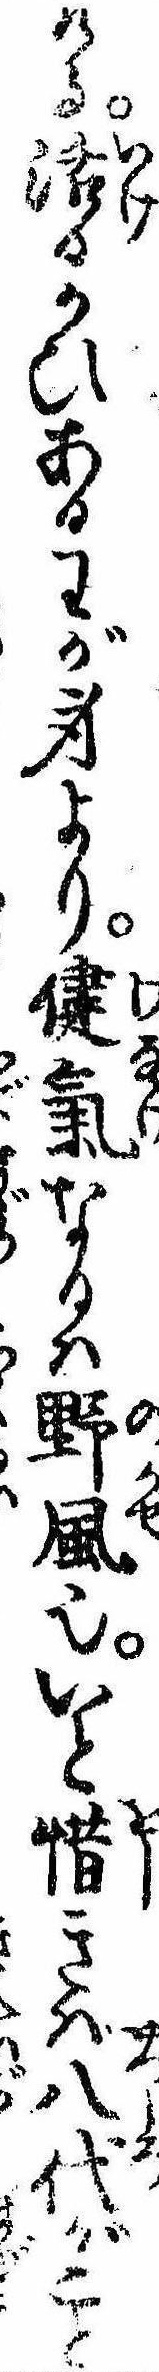
ける活るかひあるわが身より健気なるは野風也いと惜きは八代がこと